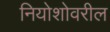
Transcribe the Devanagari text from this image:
नियोशोवरील